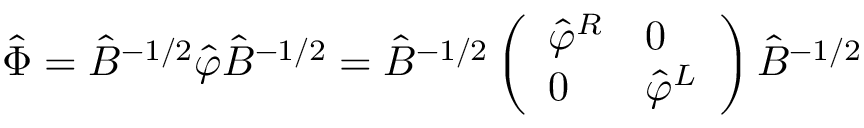
\hat { \Phi } = \hat { B } ^ { - 1 / 2 } \hat { \varphi } \hat { B } ^ { - 1 / 2 } = \hat { B } ^ { - 1 / 2 } \left( \begin{array} { l l } { { \hat { \varphi } ^ { R } } } & { { 0 } } \\ { { 0 } } & { { \hat { \varphi } ^ { L } } } \end{array} \right) \hat { B } ^ { - 1 / 2 }